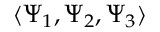
\langle \Psi _ { 1 } , \Psi _ { 2 } , \Psi _ { 3 } \rangle